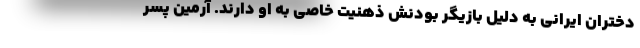
دختران ایرانی به دلیل بازیگر بودنش ذهنیت خاصی به او دارند. آرمین پسر